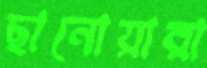
ছানোয়ারা